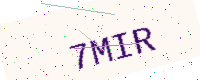
Text: 7MIR